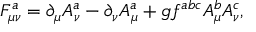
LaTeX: F _ { \mu \nu } ^ { a } = \partial _ { \mu } A _ { \nu } ^ { a } - \partial _ { \nu } A _ { \mu } ^ { a } + g f ^ { a b c } A _ { \mu } ^ { b } A _ { \nu } ^ { c } ,